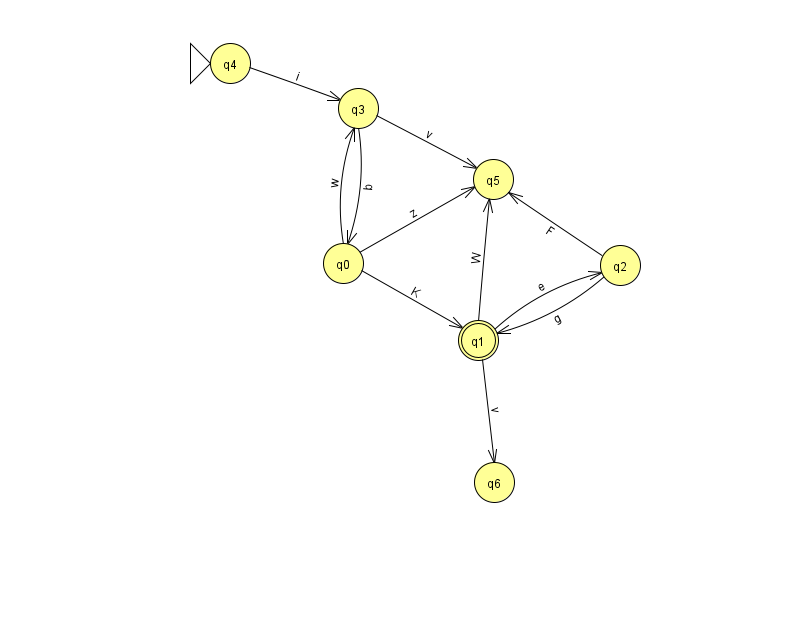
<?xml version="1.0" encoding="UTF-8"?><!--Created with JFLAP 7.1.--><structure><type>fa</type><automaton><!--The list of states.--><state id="0" name="q0"><x>343.0</x><y>250.0</y></state><state id="1" name="q1"><x>478.0</x><y>327.0</y><final/></state><state id="2" name="q2"><x>620.0</x><y>252.0</y></state><state id="3" name="q3"><x>358.0</x><y>95.0</y></state><state id="4" name="q4"><x>230.0</x><y>50.0</y><initial/></state><state id="5" name="q5"><x>493.0</x><y>166.0</y></state><state id="6" name="q6"><x>494.0</x><y>469.0</y></state><!--The list of transitions.--><transition><from>1</from><to>2</to><read>e</read></transition><transition><from>2</from><to>1</to><read>g</read></transition><transition><from>0</from><to>1</to><read>K</read></transition><transition><from>1</from><to>6</to><read>v</read></transition><transition><from>3</from><to>0</to><read>b</read></transition><transition><from>3</from><to>5</to><read>v</read></transition><transition><from>1</from><to>5</to><read>W</read></transition><transition><from>0</from><to>3</to><read>w</read></transition><transition><from>4</from><to>3</to><read>i</read></transition><transition><from>2</from><to>5</to><read>F</read></transition><transition><from>0</from><to>5</to><read>z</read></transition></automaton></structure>